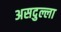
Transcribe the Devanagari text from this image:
असदुल्ला